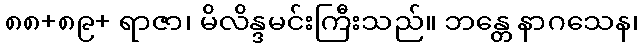
၈၈+၈၉+ ရာဇာ၊ မိလိန္ဒမင်းကြီးသည်။ ဘန္တေ နာဂသေန၊